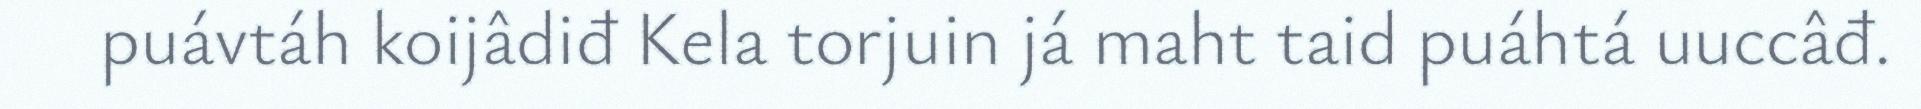
puávtáh koijâdiđ Kela torjuin já maht taid puáhtá uuccâđ.